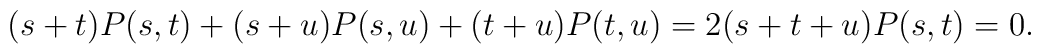
(s+t)P(s,t)+(s+u)P(s,u)+(t+u)P(t,u)=2(s+t+u)P(s,t)=0.